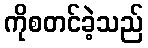
ကိုစတင်ခဲ့သည်